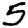
Digit: 5